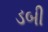
ડબી